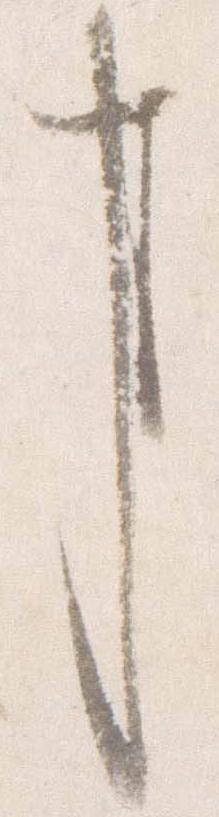
事